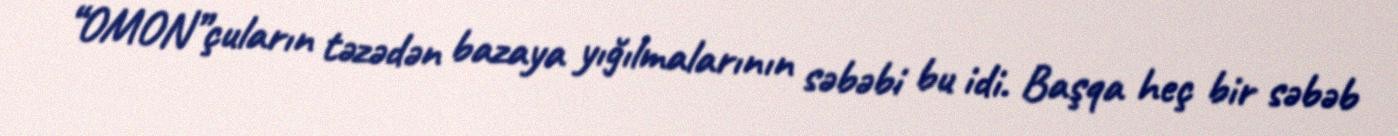
“OMON”çuların təzədən bazaya yığılmalarının səbəbi bu idi. Başqa heç bir səbəb